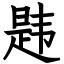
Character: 韪